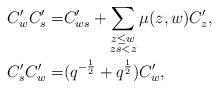
LaTeX: \begin{align*} C'_wC'_s=&C'_{ws}+\sum_{\substack{z\leq w\\ zs<z}}\mu(z,w)C'_z,\\ C'_sC'_w=&(q^{-\frac{1}{2}}+q^{\frac{1}{2}})C'_w,\end{align*}